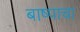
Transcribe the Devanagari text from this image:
बाष्पाचा